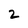
Character: 2